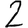
Digit: 2